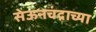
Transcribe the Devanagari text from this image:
सेऊनचंद्राच्या